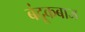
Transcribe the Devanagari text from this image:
बंदूकबाज